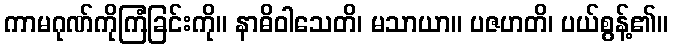
ကာမဂုဏ်ကိုကြံခြင်းကို။ နာဓိဝါသေတိ၊ မသာယာ။ ပဇဟတိ၊ ပယ်စွန့်၏။